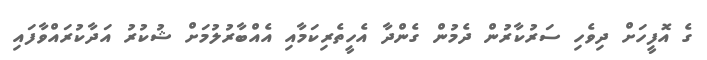
ގެ އޮފީހަށް ދިވެހި ސަރުކާރުން ދެމުން ގެންދާ އެހީތެރިކަމާއި އެއްބާރުލުމަށް ޝުކުރު އަދާކުރައްވާފައި